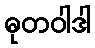
ဓုတဝါဒါ